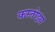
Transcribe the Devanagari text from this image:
कस्तोझा